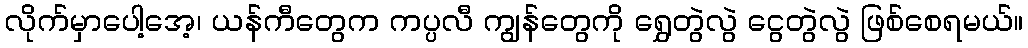
လိုက်မှာပေါ့အေ့၊ ယန်ကီတွေက ကပ္ပလီ ကျွန်တွေကို ရွှေတွဲလွဲ ငွေတွဲလွဲ ဖြစ်စေရမယ်။